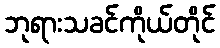
ဘုရားသခင်ကိုယ်တိုင်